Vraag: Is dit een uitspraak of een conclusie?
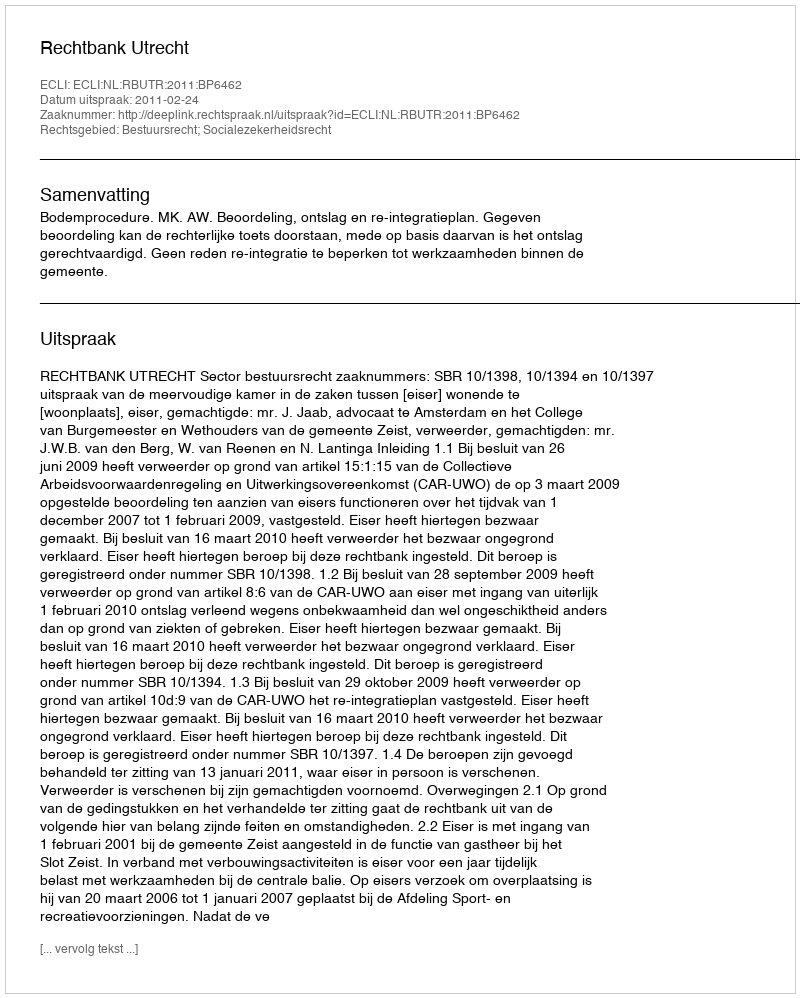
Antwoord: Uitspraak